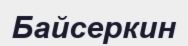
Байсеркин